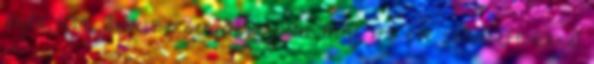
elején több zeneszerzeménye jelent meg; 170 éve született Erkel